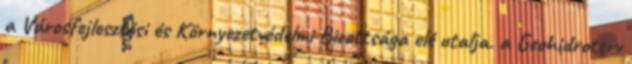
a Városfejlesztési és Környezetvédelmi Bizottsága elé utalja. a Geohidroterv